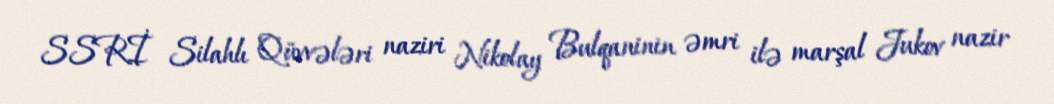
SSRİ Silahlı Qüvvələri naziri Nikolay Bulqaninin əmri ilə marşal Jukov nazir